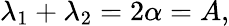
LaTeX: \lambda_{1}+\lambda_{2}=2\alpha=A,